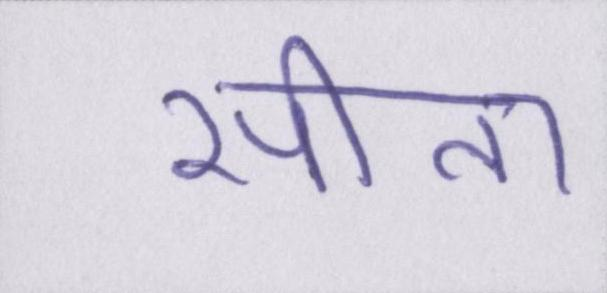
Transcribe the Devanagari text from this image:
सीता